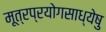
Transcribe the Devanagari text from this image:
मूत्रप्रयोगसाध्येषु